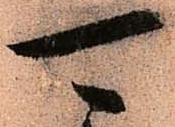
可